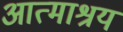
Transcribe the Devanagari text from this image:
आत्माश्रय